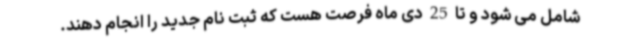
شامل می شود و تا 25 دی ماه فرصت هست که ثبت نام جدید را انجام دهند.